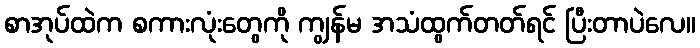
စာအုပ်ထဲက စကားလုံးတွေကို ကျွန်မ အသံထွက်တတ်ရင် ပြီးတာပဲလေ။